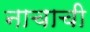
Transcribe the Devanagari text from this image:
नाचाची